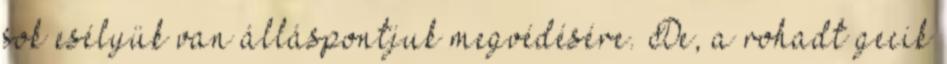
sok esélyük van álláspontjuk megvédésére. De, a rohadt gecik